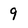
Character: 9